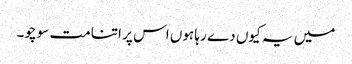
میں یہ کیوں دے رہا ہوں اس پر اتنا مت سوچو۔